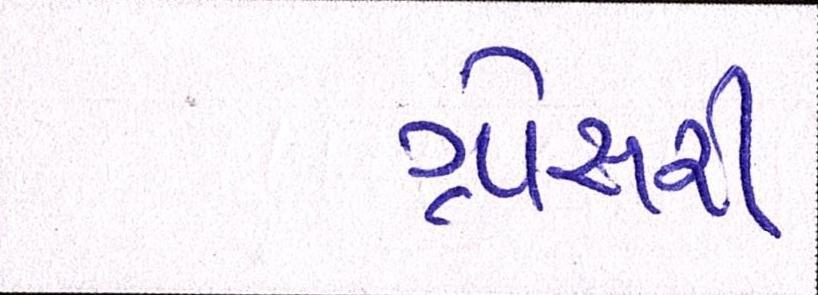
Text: ગ્રોસરી